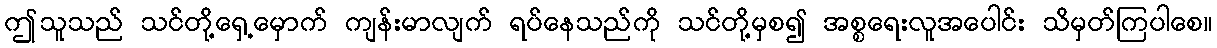
ဤသူသည် သင်တို့ရှေ့မှောက် ကျန်းမာလျက် ရပ်နေသည်ကို သင်တို့မှစ၍ အစ္စရေးလူအပေါင်း သိမှတ်ကြပါစေ။